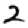
Digit: 2